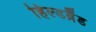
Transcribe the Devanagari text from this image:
हिल्डब्रैंड